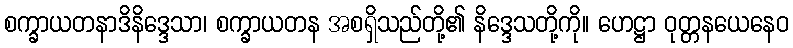
စက္ခာယတနာဒိနိဒ္ဒေသာ၊ စက္ခာယတန အစရှိသည်တို့၏ နိဒ္ဒေသတို့ကို။ ဟေဋ္ဌာ ဝုတ္တနယေနေဝ